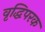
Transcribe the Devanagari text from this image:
वृद्धिपरक